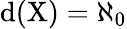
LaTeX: \mathrm{{{d}(X)=\aleph_{0}}}